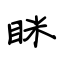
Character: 眯